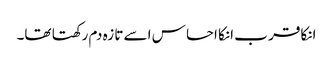
انکا قر ب انکا احسا س اسے تا زہ دم رکھتا تھا۔